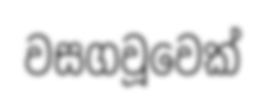
වසගවූවෙක්